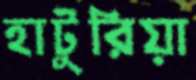
হাটুরিয়া